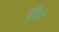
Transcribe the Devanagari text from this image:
दुर्दैवं